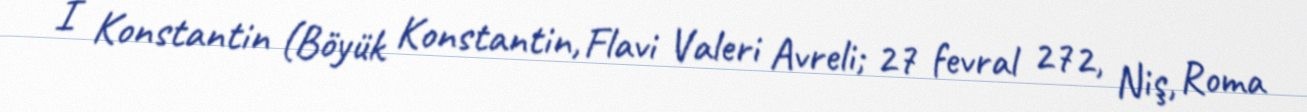
I Konstantin (Böyük Konstantin, Flavi Valeri Avreli; 27 fevral 272, Niş, Roma